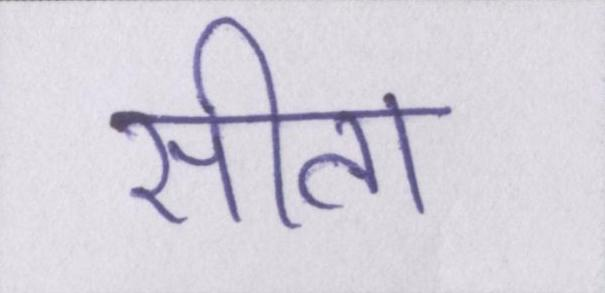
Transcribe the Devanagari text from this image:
सीता